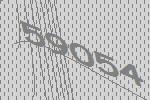
59054